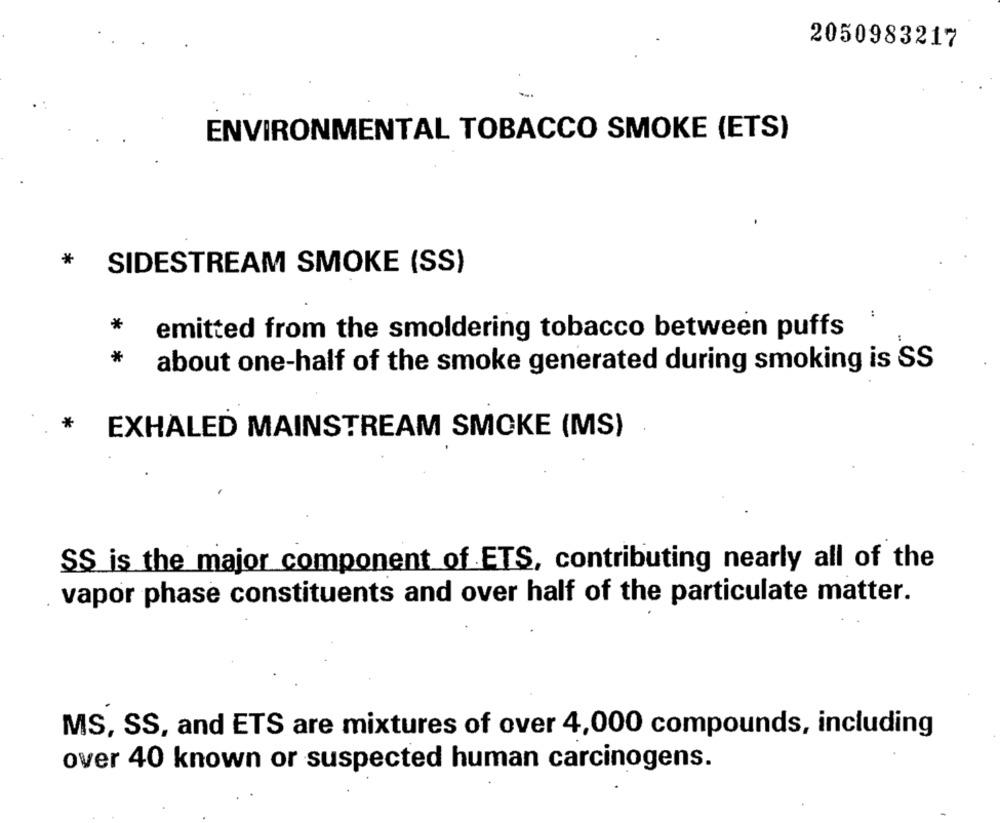
2050983217
ENVIRONMENTAL TOBACCO SMOKE (ETS)
-
*
SIDESTREAM SMOKE (SS)
:
*
emitted from the smoldering tobacco between puffs
*
about one-half of the smoke generated during smoking is SS
*
EXHALED MAINSTREAM SMOKE (MS)
SS is the major component of ETS, contributing nearly all of the
vapor phase constituents and over half of the particulate matter.
MS, SS, and ETS are mixtures of over 4,000 compounds, including
over 40 known or suspected human carcinogens.